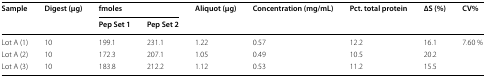
<table><thead><tr><td rowspan="2"><b>Sample</b></td><td rowspan="2"><b>Digest (μg)</b></td><td colspan="2"><b>fmoles</b></td><td rowspan="2"><b>Aliquot (μg)</b></td><td rowspan="2"><b>Concentration (mg/mL)</b></td><td rowspan="2"><b>Pct. total protein</b></td><td rowspan="2"><b>∆S (%)</b></td><td rowspan="2"><b>CV%</b></td></tr><tr><td><b>Pep Set 1</b></td><td><b>Pep Set 2</b></td></tr></thead><tbody><tr><td>Lot A (1)</td><td>10</td><td>199.1</td><td>231.1</td><td>1.22</td><td>0.57</td><td>12.2</td><td>16.1</td><td rowspan="3">7.60 %</td></tr><tr><td>Lot A (2)</td><td>10</td><td>172.3</td><td>207.1</td><td>1.05</td><td>0.49</td><td>10.5</td><td>20.2</td></tr><tr><td>Lot A (3)</td><td>10</td><td>183.8</td><td>212.2</td><td>1.12</td><td>0.53</td><td>11.2</td><td>15.5</td></tr></tbody></table>